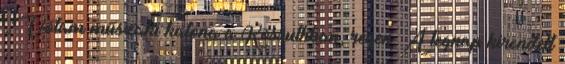
„Vótam műszaki katona a Kossuthban, régen. A tegnap kirendelt